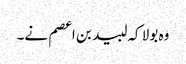
وہ بولا کہ لبید بن اعصم نے۔